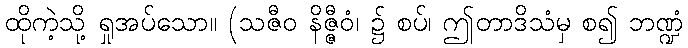
ထိုကဲ့သို့ ရှုအပ်သော။ (သဇီဝ နိဇ္ဇီဝံ၊ ၌ စပ်၊ ဤတာဒိသံမှ စ၍ ဘဏ္ဍံ